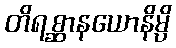
တိရစ္ဆာနယောနိမ္ပိ